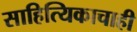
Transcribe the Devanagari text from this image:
साहित्यिकाचाही